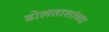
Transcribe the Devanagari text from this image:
ढोलताशांच्या